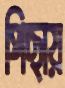
পিছায়